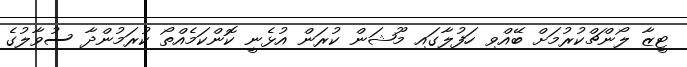
ޓީޒާ ލޯންޗްކުރުމަށް ބޭއްވި ހަފުލާގައި މޫޝަން ކުރަން އުޅެނީ ކޮންކަމެއްތޯ ކުރަމުންދާ ސުވާލުގެ